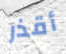
أقذر